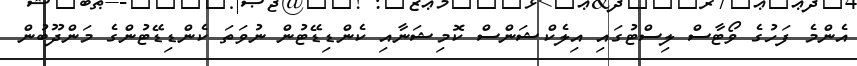
އެންމެ ފަހުގެ ވޯޓާސް ލިސްޓުގައި އިލެކްޝަންސް ކޮމިޝަނާއި ކެންޑިޑޭޓުން ނުވަތަ ކެންޑިޑޭޓުންގެ މަންދޫބުން